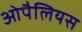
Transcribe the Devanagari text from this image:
ओपैलियस